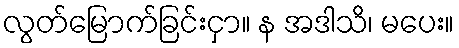
လွတ်မြောက်ခြင်းငှာ။ န အဒါသိ၊ မပေး။